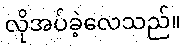
လိုအပ်ခဲ့လေသည်။